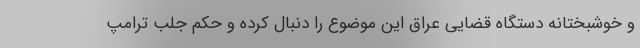
و خوشبختانه دستگاه قضایی عراق این موضوع را دنبال کرده و حکم جلب ترامپ